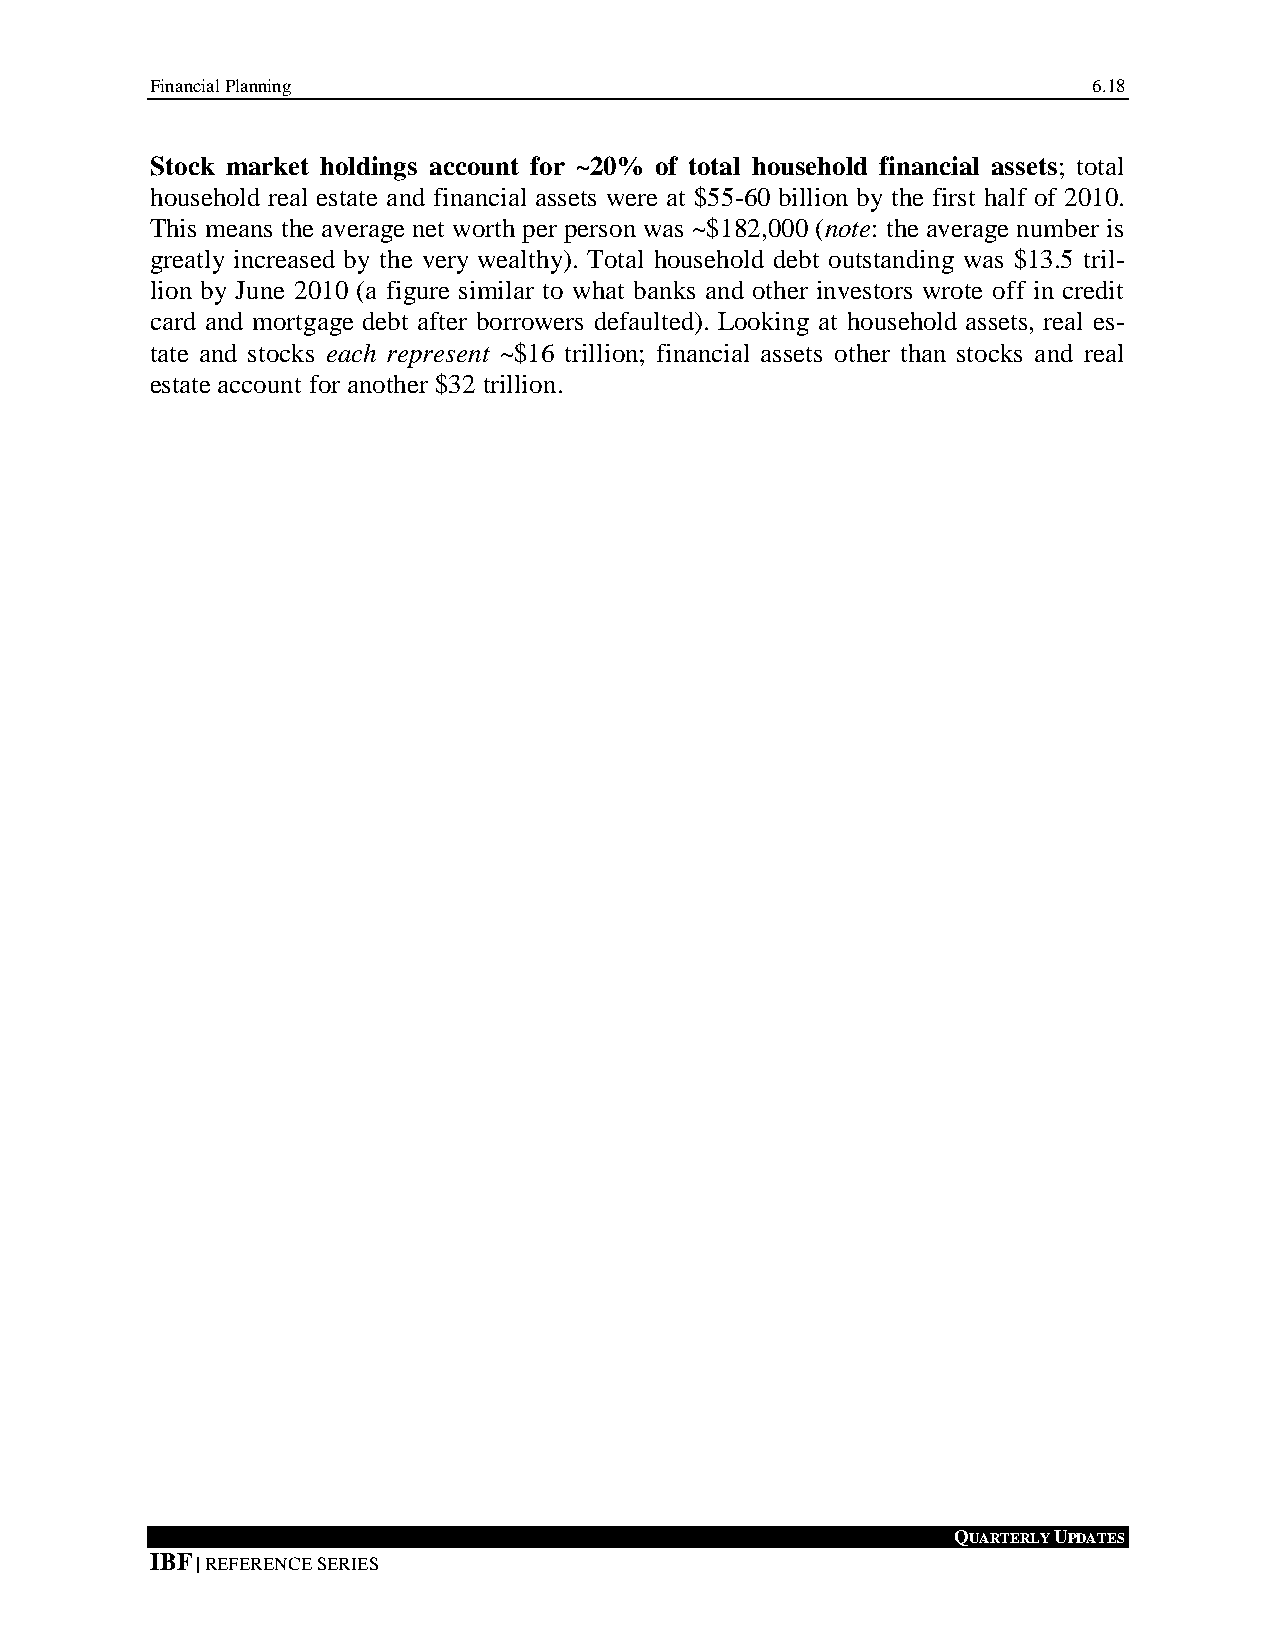
Financial Planning                                            6.18
 Stock market holdings account for ~20% of total household financial assets; total
 household real estate and financial assets were at $55-60 billion by the first half of 2010.
 This means the average net worth per person was ~$182,000 (note: the average number is
 greatly increased by the very wealthy). Total household debt outstanding was $13.5 tril-
 lion by June 2010 (a figure similar to what banks and other investors wrote off in credit
 card and mortgage debt after borrowers defaulted). Looking at household assets, real es-
 tate and stocks each represent ~$16 trillion; financial assets other than stocks and real
 estate account for another $32 trillion.
 QUARTERLY UPDATES
 IBF | REFERENCE SERIES